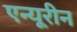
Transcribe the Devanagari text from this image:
एन्यूरीन